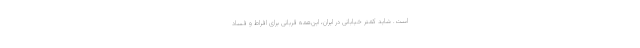
است. شاید کمتر خیابانی در ایران، این‌همه قربانی برای افراط و فساد